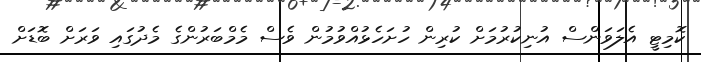
ކޮމިޓީ އެލަވަންސް އުނިކުރުމަށް ކުރިން ހުށަހެޅުއްވުމުން ވެސް މެމްބަރުންގެ މެދުގައި ވަރަށް ބޮޑަށް